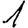
Digit: 1